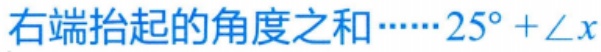
右端抬起的角度之和……\(25^{\circ}+\angle x\)